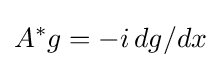
A^{*}g=-i\,dg/dx